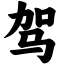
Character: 驾